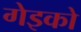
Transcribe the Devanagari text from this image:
गेइको